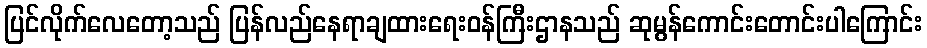
ပြင်လိုက်လေတော့သည် ပြန်လည်နေရာချထားရေးဝန်ကြီးဌာနသည် ဆုမွန်ကောင်းတောင်းပါကြောင်း